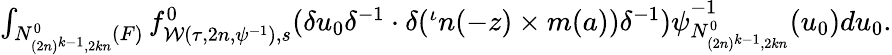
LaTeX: \begin{array}{r}{\int_{N_{(2n)^{k-1},2kn}^{0}(F)}f_{\mathcal{W}(\tau,2n,\psi^{-1}),s}^{0}(\delta u_{0}\delta^{-1}\cdot\delta({^\iota n(-z)}\times m(a))\delta^{-1})\psi_{N_{(2n)^{k-1},2kn}^{0}}^{-1}(u_{0})du_{0}.}\end{array}